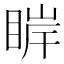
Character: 𰥮